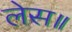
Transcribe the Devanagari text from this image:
लेस॥